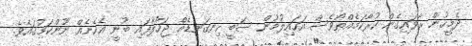
ދެމީހުން ރާވައިގެން ކުރާކަމެއްތޯވެސް އަހައިލުމުން ސަބީ ހިނގަނޑެއް ޖަހާލާފައި ބުނީ އެހެނެއް ނޫންކަމުގައެވެ.